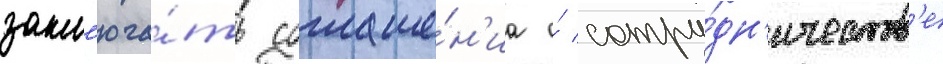
закл'юча́ть соглаше́н'иа о́ сотру́дн'ичеств'е